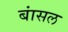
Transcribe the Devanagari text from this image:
बांसल